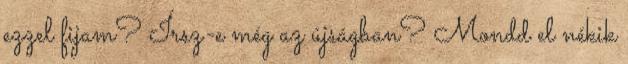
ezzel fijam? Írsz-e még az újságban? Mondd el nékik